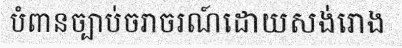
បំពានច្បាប់ចរាចរណ៍ដោយសង់រោង